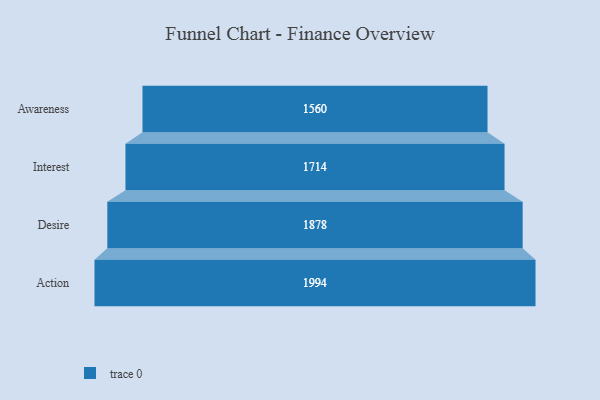
{"axis": {"x": "Stage", "y": "Value"}, "legend": [""], "data": [{"x": "Awareness", "y": 1560.0, "type": ""}, {"x": "Interest", "y": 1714.0, "type": ""}, {"x": "Desire", "y": 1878.0, "type": ""}, {"x": "Action", "y": 1994.0, "type": ""}]}